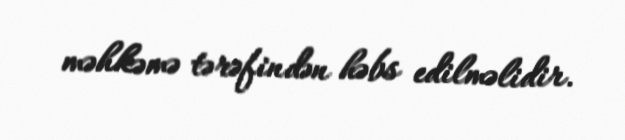
məhkəmə tərəfindən həbs edilməlidir.